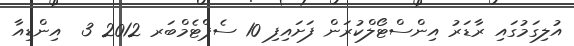
އުލިގަމުގައި ރާޑަރު އިންސްޓޯލްކުރަން ފަށައިފި 10 ސެޕްޓެމްބަރ 2012 3  އިންޑިއާ